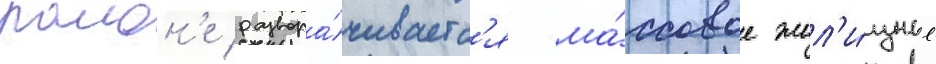
раион'е развора́чиваетс'я ма́ссовое жил'и́щное